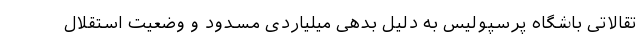
تقالاتی باشگاه پرسپولیس به دلیل بدهی میلیاردی مسدود و وضعیت استقلال